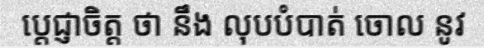
ប្តេជ្ញាចិត្ត ថា នឹង លុបបំបាត់ ចោល នូវ